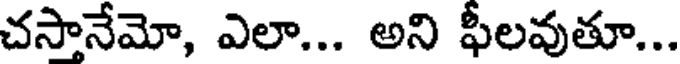
చసానేమో, ఎలా... అని ఫీలవుతూ...